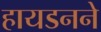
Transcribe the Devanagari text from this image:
हायडनने